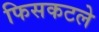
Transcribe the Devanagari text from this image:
फिसकटले